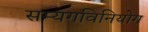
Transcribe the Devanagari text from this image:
सम्यगविनियोग